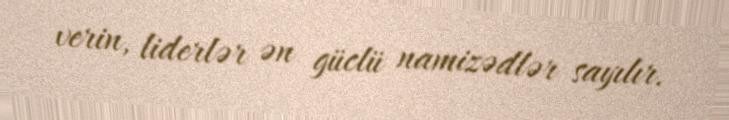
verin, liderlər ən güclü namizədlər sayılır.